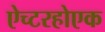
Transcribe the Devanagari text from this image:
ऐच्टरहोएक